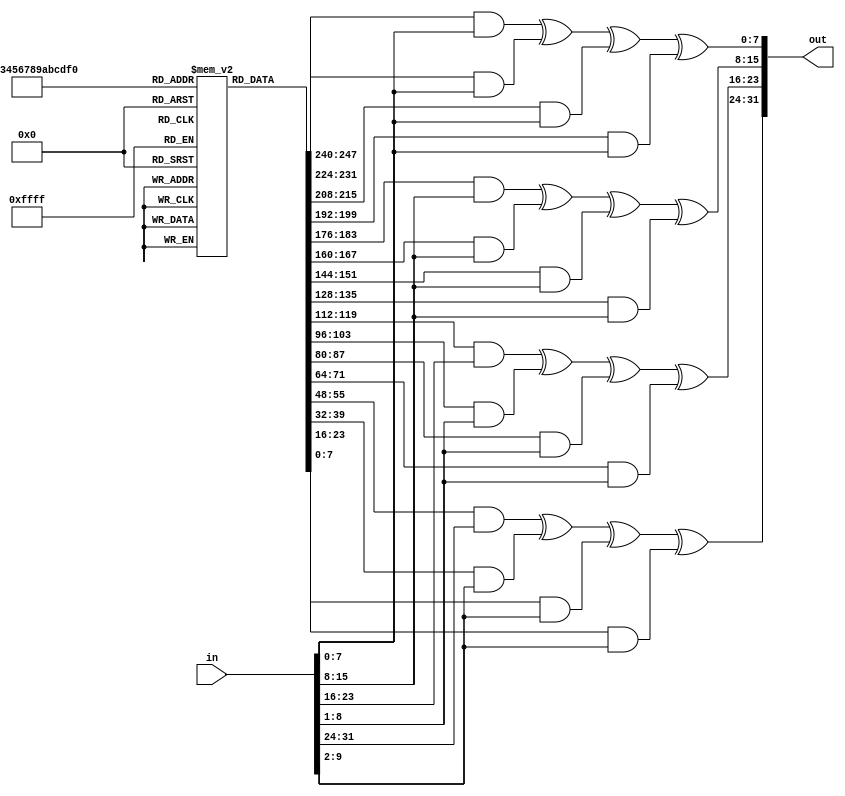
module InvMixCloumns(in,out);

  	input [31:0] in;
  output [31:0]out;
    reg [15:0] Array [3:0][3:0];
	 
	initial begin
        Array[0][0] =  8'h0e;
        Array[0][1] =  8'h0b;
        Array[0][2] =  8'h0d;
        Array[0][3] =  8'h09;

        Array[1][0] =  8'h09;
        Array[1][1] =  8'h0e;
        Array[1][2] =  8'h0b;
        Array[1][3] =  8'h0d;

        Array[2][0] =  8'h0d;
        Array[2][1] =  8'h09;
        Array[2][2] =  8'h0e;
        Array[2][3] =  8'h0b;

        Array[3][0] =  8'h0b;
        Array[3][1] =  8'h0d;
        Array[3][2] =  8'h09;
        Array[3][3] =  8'h0e;
	end
	
  assign out[7:0]    = (Array[0][0] & in[7:0])   ^ (Array[0][1] & in[7:0]) ^  (Array[0][2] & in[7:0]) ^  (Array[0][3] & in[7:0]);
  assign out[15:8]   = (Array[1][0] & in[15:8])  ^ (Array[1][1] & in[15:8]) ^ (Array[1][2] & in[15:8]) ^ (Array[1][3] & in[15:8]);
  assign out[23:16]  = (Array[2][0] & in[23:16]) ^ (Array[2][1] & in[23:1]) ^ (Array[2][2] & in[23:1]) ^ (Array[2][3] & in[23:1]);
  assign out[31:24]  = (Array[3][0] & in[31:24]) ^ (Array[3][1] & in[31:2]) ^ (Array[3][2] & in[31:2]) ^ (Array[3][3] & in[31:2]);

endmodule